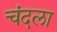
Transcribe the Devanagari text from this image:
चंदला